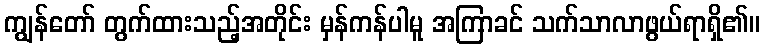
ကျွန်တော် တွက်ထားသည့်အတိုင်း မှန်ကန်ပါမူ အကြာခင် သက်သာလာဖွယ်ရာရှိ၏။